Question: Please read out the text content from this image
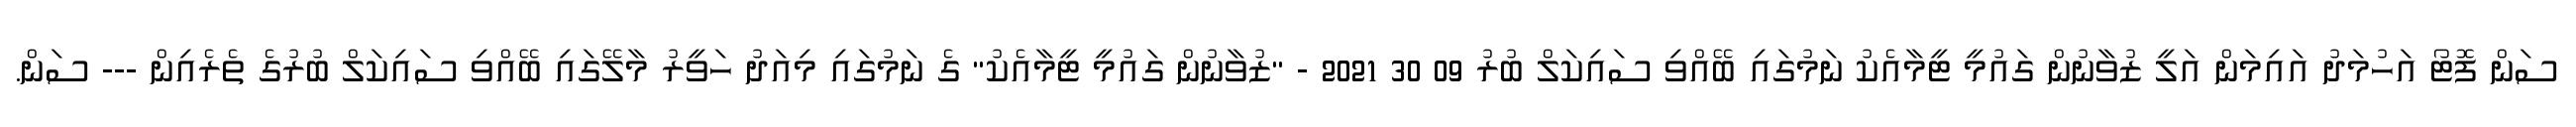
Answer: ސަން ފޮޓޯ އަހުމަދު އައިމަން އަލީ ޒުވާނުން ގައުމީ ޓީމާއެކު ނަމުގައި ބޭއްވި ސައިކަލް ބުރު 09 30 2021 - "ޒުވާނުން ގައުމީ ޓީމާއެކު" ގެ ނަމުގައި މިއަދު ހަވީރު މާލޭގައި ބޭއްވި ސައިކަލް ބުރުގެ ތެރެއިން --- ސަން.